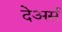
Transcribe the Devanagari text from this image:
देअर्स